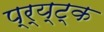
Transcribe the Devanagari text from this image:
प्र्य्ट्क